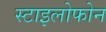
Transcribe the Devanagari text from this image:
स्टाइलोफोन